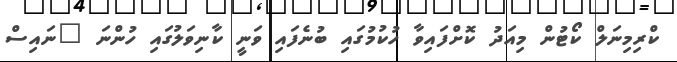
ކްރިމިނަލް ކޯޓުން މިއަދު ކޮށްފައިވާ ހުކުމުގައި ބުނެފައި ވަނީ ކާނިވަލުގައި ހުންނަ "ނައިސް